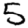
Digit: 5